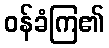
ဝန်ခံကြ၏